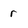
Character: r